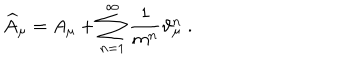
\widehat { A } _ { \mu } = A _ { \mu } + \sum _ { n = 1 } ^ { \infty } \frac 1 { m ^ { n } } \vartheta _ { \mu } ^ { n } \; .